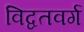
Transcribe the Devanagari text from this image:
विद्वतवर्ग